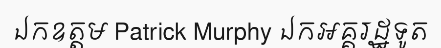
ឯកឧត្តម Patrick Murphy ឯកអគ្គរដ្ឋទូត